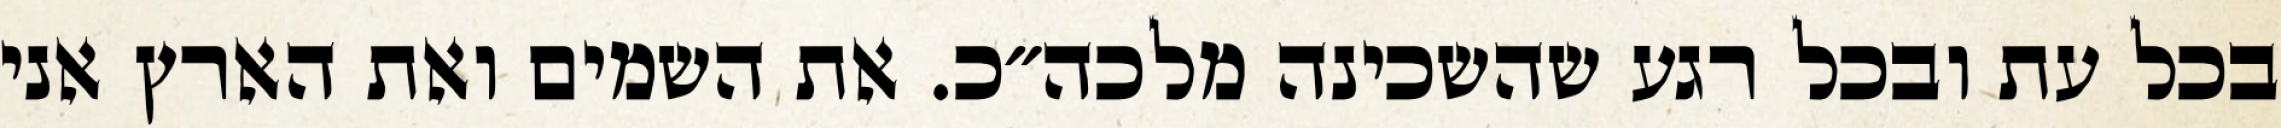
בכל עת ובכל רגע שהשכינה מלכה״כ. את השמים ואת הארץ אני